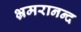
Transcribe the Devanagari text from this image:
भ्रमरानन्‍द